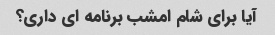
آیا برای شام امشب برنامه ای داری؟